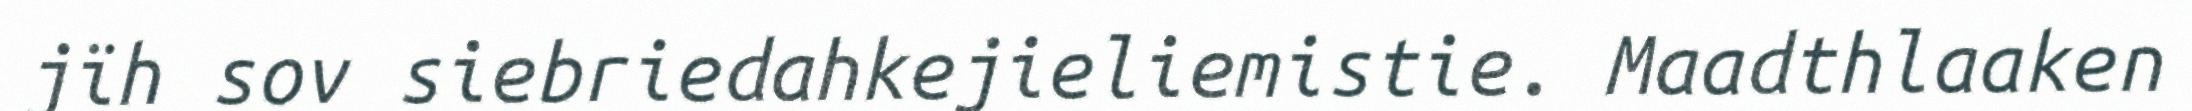
jïh sov siebriedahkejieliemistie. Maadthlaaken